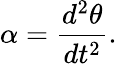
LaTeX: \alpha={\frac{d^{2}\theta}{dt^{2}}}.